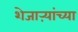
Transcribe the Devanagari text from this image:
शेजाऱ्यांच्या